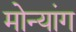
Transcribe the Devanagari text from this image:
मोन्यांग